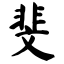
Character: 斐